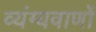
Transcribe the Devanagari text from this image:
व्यंग्यवाणों